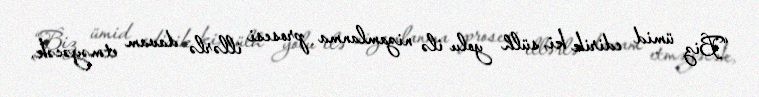
“Biz ümid edirik ki, sülh yolu ilə nizamlanma prosesi illərlə davam etməyəcək,